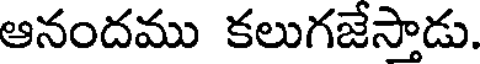
ఆనందము కలుగజేస్తాడు.